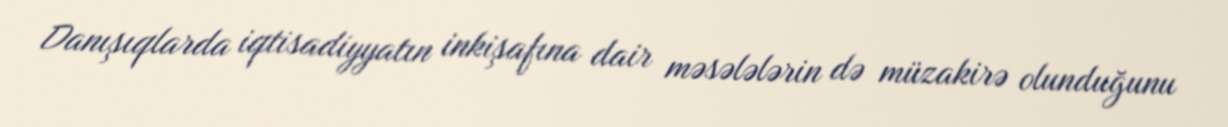
Danışıqlarda iqtisadiyyatın inkişafına dair məsələlərin də müzakirə olunduğunu